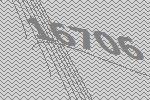
16706